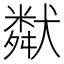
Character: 𤡩